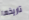
تاريخها